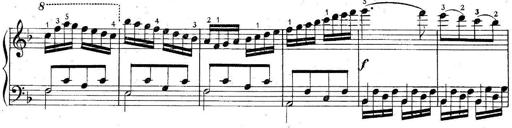
Title: 6 Easy Sonatinas
Composer: Carl Czerny